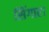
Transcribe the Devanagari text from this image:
सिंगार।